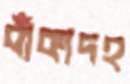
বাঁকাদহ